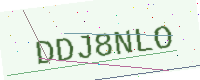
Text: DDJ8NLO